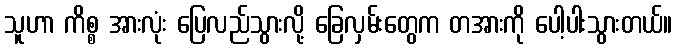
သူဟာ ကိစ္စ အားလုံး ပြေလည်သွားလို့ ခြေလှမ်းတွေက တအားကို ပေါ့ပါးသွားတယ်။